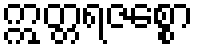
ဣတ္တရဇစ္စော